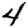
Digit: 4